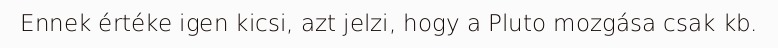
Ennek értéke igen kicsi, azt jelzi, hogy a Pluto mozgása csak kb.